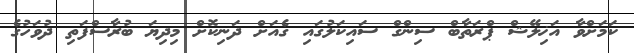
ކަމަށްވާ އަޚިލޭޝް ޕްރަތާބް ސިންގް ސައިކަލުގައި ގެއަށް ދަނިކޮށް މިދިޔަ ބުރާސްފަތި ދުވަހުގެ